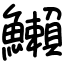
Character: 䲚